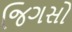
જિગસો